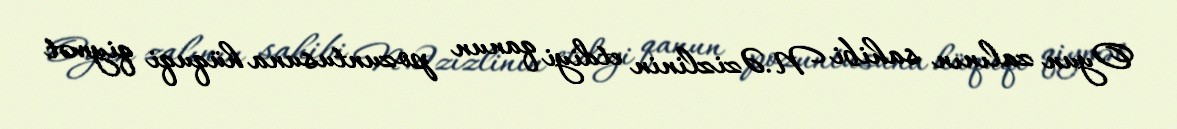
Oyun zalının sahibi N.Əzizlinin etdiyi qanun pozuntusuna hüquqi qiymət